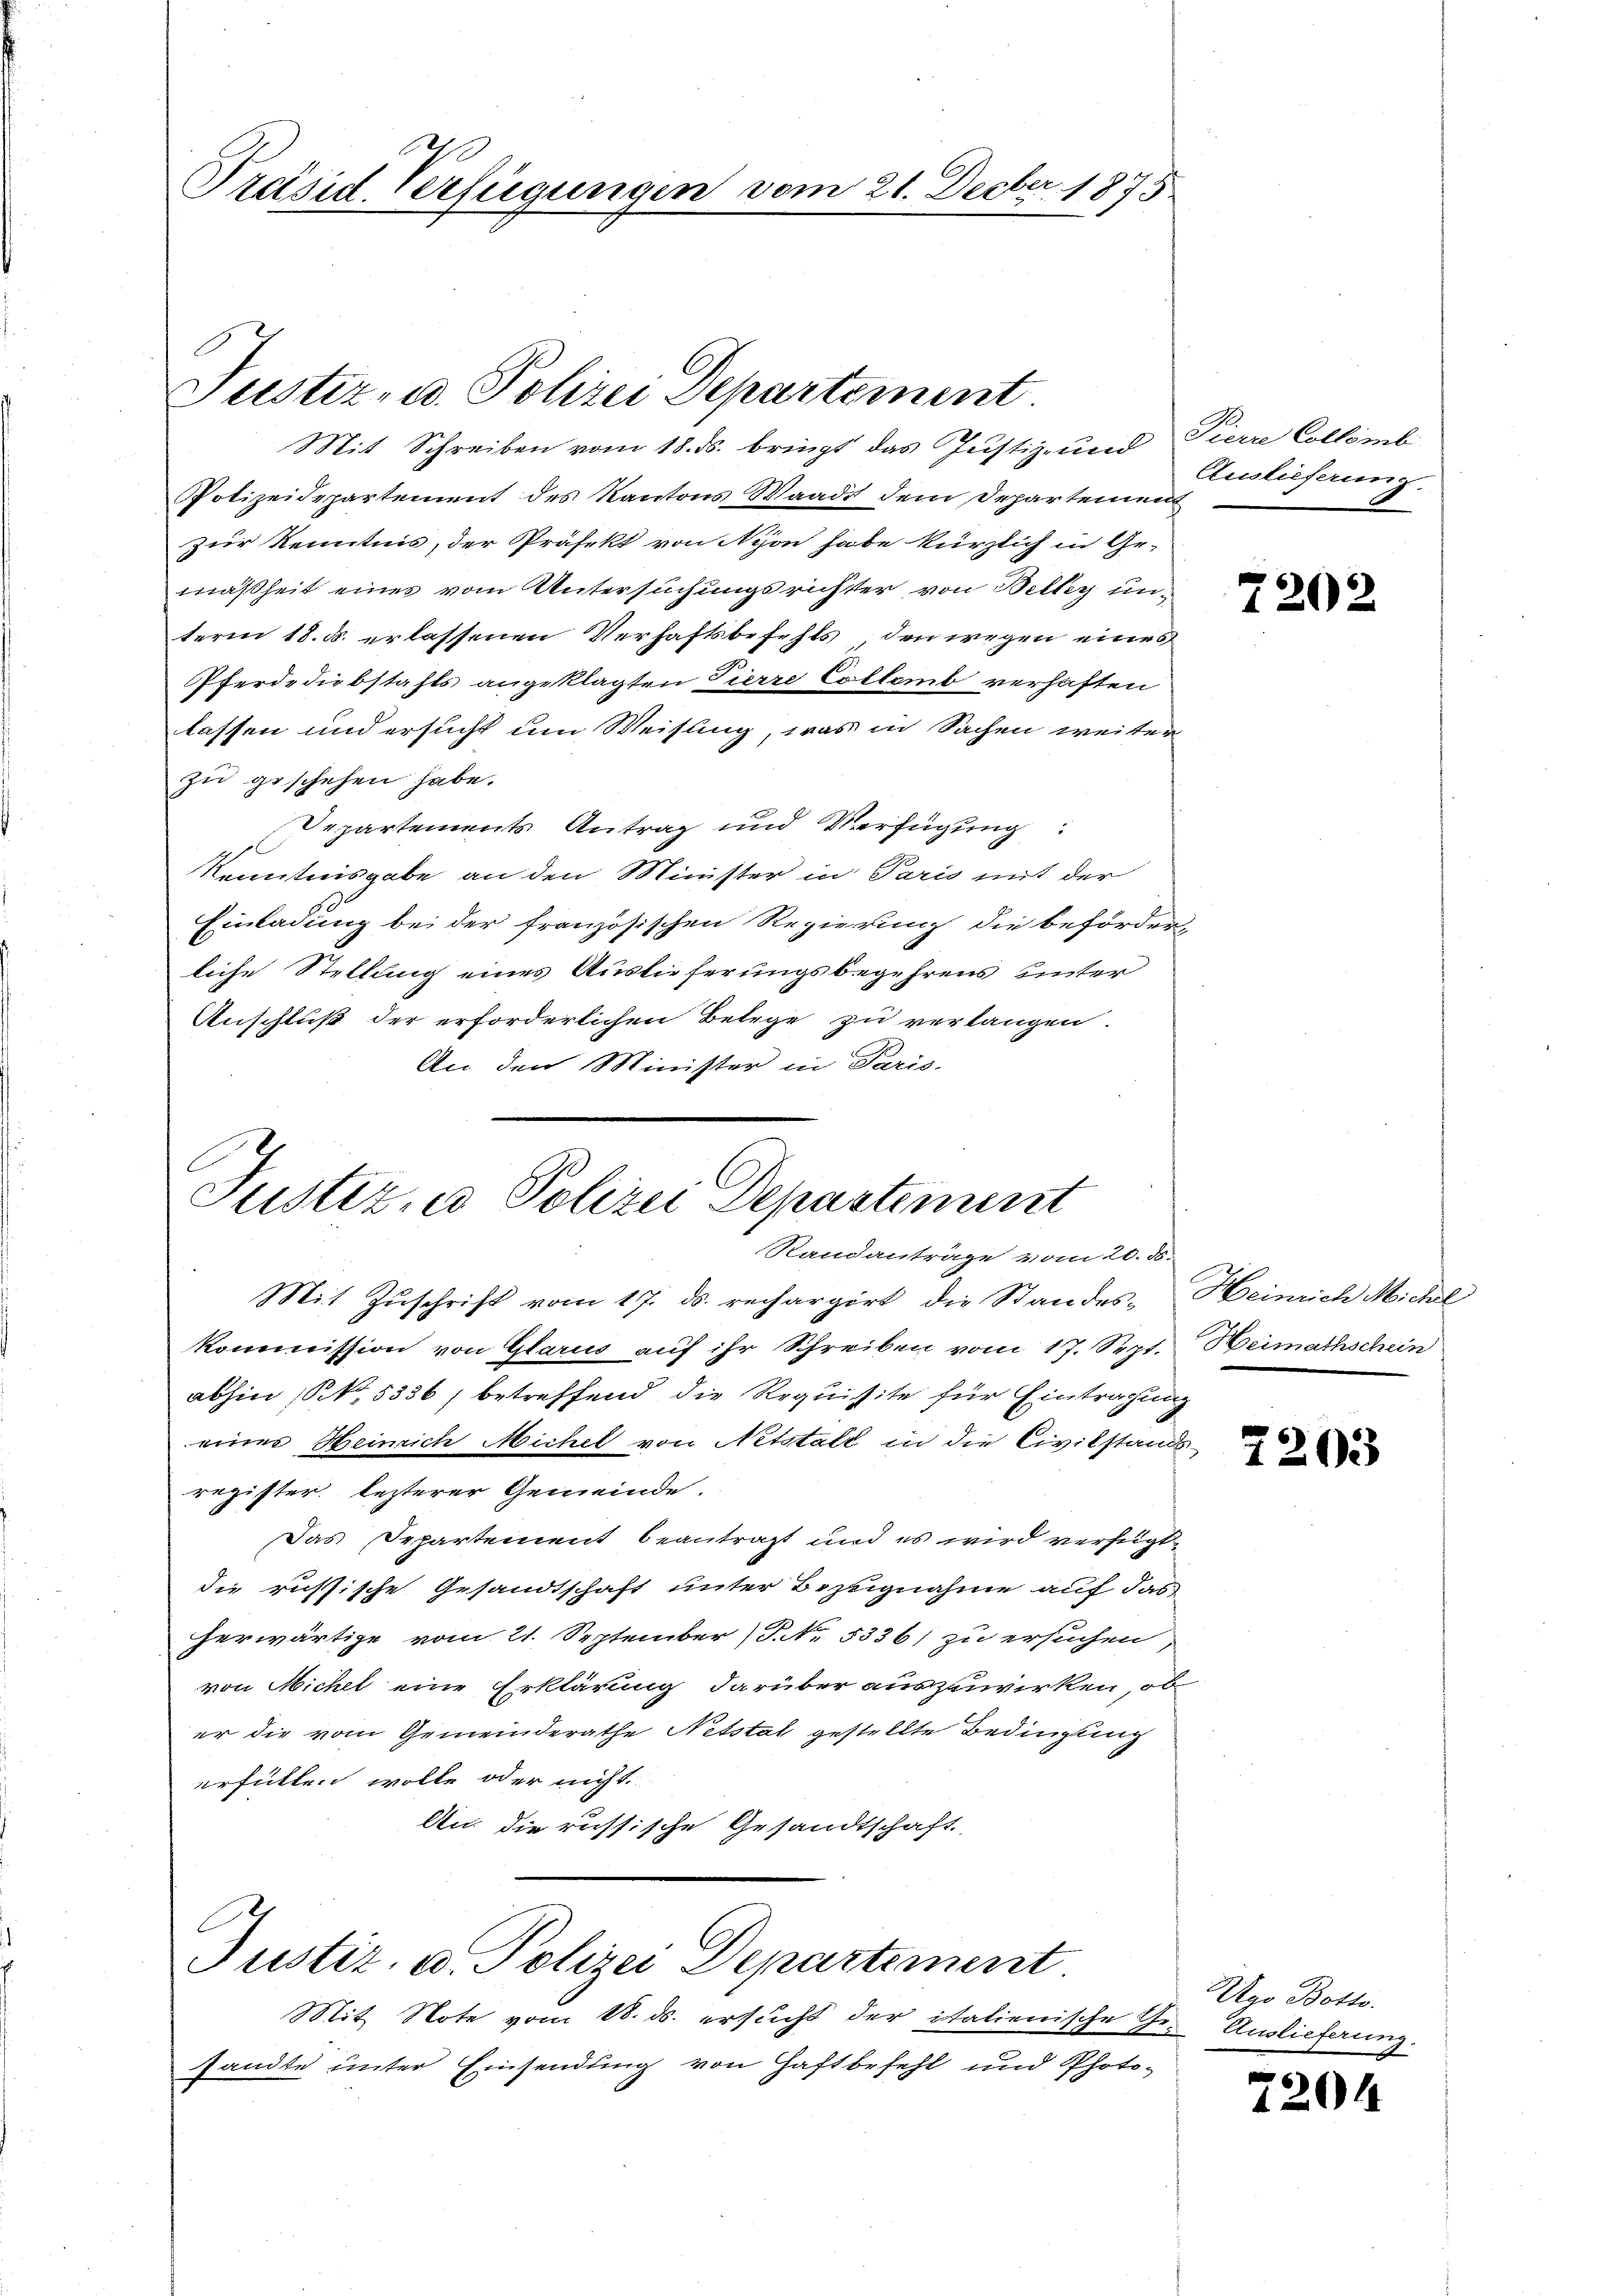
Präsid Verfügungen vom 21. Decbr. 1875

Justiz- u. Polizei Departement
Mit Schreiben vom 18. ds. bringt das Justiz- und Pierre Collomb

Polizeidepartement des Kantons Waadt dem Departement
zur Kenntnis, der Präfekt von Nyon habe kürzlich in Ge-
mäßheit eines vom Untersuchungsrichter von Belly unterm 18. d. erlassenen Verhaftsbefehls, den wegen eines
Pferdediebstahls angeklagten Tierre Collemb verhaften
lassen und ersucht um Weisung, was in Sachen weiter
zu geschehen habe.
Departements Antrag und Verfügung:
Kenntnisgabe an den Minister in Paris mit der
Einladung bei der französischen Regierung die beförderliche Stellung eines Auslieferungsbegehrens unter
Anschluß der erforderlichen Belege zu verlangen.
An den Minister in Paris.

Justiz, u. Polizei Departement
Randanträge vom 20. ds.

Mit Note vom 18. ds. ersucht der italienische Ge- Auslieferung.
sandte unter Einsendung von Haftbefehl und Photo¬

Mit Zŭschrift vom 17. ds. rechargirt die Standes- Heinrich Michael
Kommission von Glarus auf ihr Schreiben vom 17. Sept. Weimathschein
abhin (S. 5336, betreffend die Requisite für Eintragung
eines Heinrich Michel von Netstalt in die Civilstands-
register lezterer Gemeinde.
Das Departement beantragt und es wird verfügt,
die russische Gesandtschaft unter Bezugnahme auf das
herwärtige vom 21. September (§. No. 5336; zu ersuchen
von Michel eine Erklärung darüber auszuwirken, ob
er die vom Gemeinderathe Netstal gestellte Bedingung
erfüllen wolle oder nicht.
An die russische Gesandtschaft

Justiz- u. Polizei Departement

Auslieferung.

7202

2203

Ugo Botto.

7204